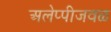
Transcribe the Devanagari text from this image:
अलेप्पीजवळ